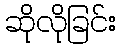
ဆိုလိုခြင်း